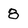
Character: 8